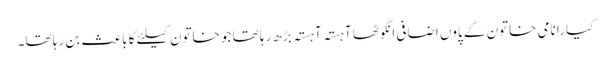
کیارا نامی خاتون کے پاوں اضافی انگوٹھا آہستہ آہستہ بڑھ رہا تھا جو خاتون کیلئے کا باعث بن رہا تھا۔